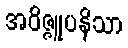
အဝိဇ္ဇူပနိသာ